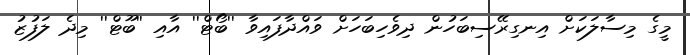
މީގެ މިސާލަކަށް އިނގިރޭސިބަހުން ދިވެހިބަހަށް ވައްދާފައިވާ ''ބޯޓް'' އާއި ''ބޫޓް'' މިދެ ލަފުޒު